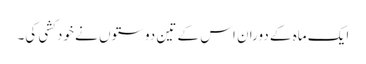
ایک ماہ کے دوران اس کے تین دوستوں نے خودکشی کی۔